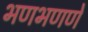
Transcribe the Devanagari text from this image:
भणभणणे